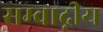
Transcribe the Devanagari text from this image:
सम्वाद्नीय